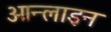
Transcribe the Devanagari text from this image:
ओन्लाइन